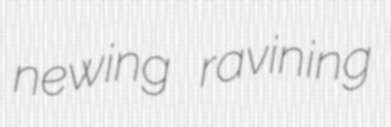
newing ravining